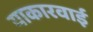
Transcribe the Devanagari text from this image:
याकारवाई